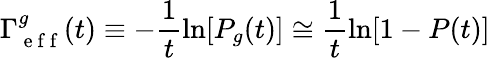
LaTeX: \Gamma_{\mathrm{~e~f~f~}}^{g}(t)\equiv-\frac{1}{t}\ln[P_{g}(t)]\cong\frac{1}{t}\ln[1-P(t)]